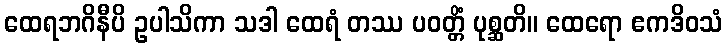
ထေရဘဂိနီပိ ဥပါသိကာ သဒါ ထေရံ တဿ ပဝတ္တိံ ပုစ္ဆတိ။ ထေရော ဧကဒိဝသံ